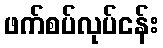
ဖက်စပ်လုပ်ငန်း